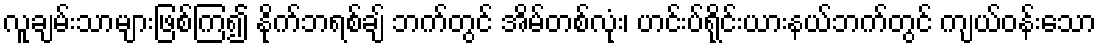
လူချမ်းသာများဖြစ်ကြ၍ နိုက်ဘရစ်ချ် ဘက်တွင် အိမ်တစ်လုံး၊ ဟင်းပ်ရိုင်းယားနယ်ဘက်တွင် ကျယ်ဝန်းသော